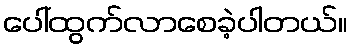
ပေါ်ထွက်လာစေခဲ့ပါတယ်။